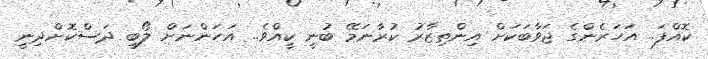
ކޮއްފަ.. އަހަރެންގެ ޖަވާބަކަށް އިންތިޒާރު ކުރާނަމޭ ބުނީ ކީއްވެ.. އަހަންނަށް ލޯބި ދަސްކޮށްދިނީ